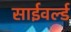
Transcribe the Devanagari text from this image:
साईवर्ल्ड